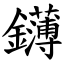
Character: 鑮